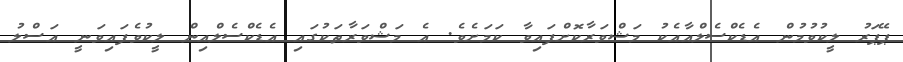
ޕޭޕަރު ލީކުވުމުން އެޑެކްސެލްއާއެކު މަޝްވަރާކޮށްފައިވާ ކަމަށެވެ. އެ މަޝްވަރާތަކުގައި އެޑެކްސެލްއިން ލީކުވެފައިވަނީ އަސްލު